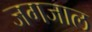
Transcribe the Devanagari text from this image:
जगजाल